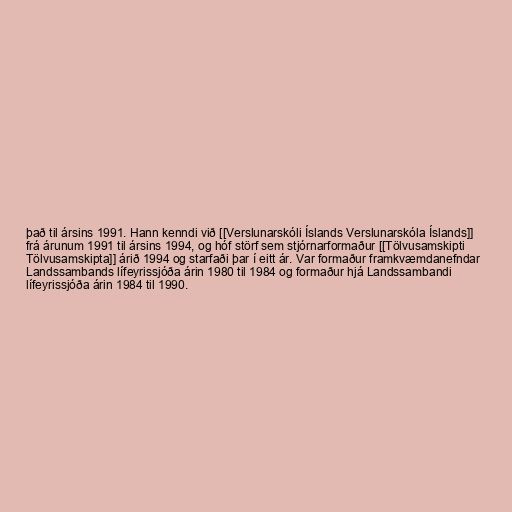
það til ársins 1991. Hann kenndi við [[Verslunarskóli Íslands Verslunarskóla Íslands]]
frá árunum 1991 til ársins 1994, og hóf störf sem stjórnarformaður [[Tölvusamskipti
Tölvusamskipta]] árið 1994 og starfaði þar í eitt ár. Var formaður framkvæmdanefndar
Landssambands lífeyrissjóða árin 1980 til 1984 og formaður hjá Landssambandi
lífeyrissjóða árin 1984 til 1990.